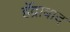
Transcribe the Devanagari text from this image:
हॅद्राबाद